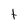
Character: t